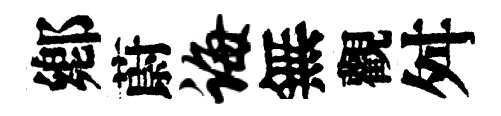
鄕蔚诲無觀舛